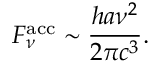
F _ { \nu } ^ { \mathrm { a c c } } \sim \frac { h a \nu ^ { 2 } } { 2 \pi c ^ { 3 } } .